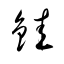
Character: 銈